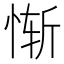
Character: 惭